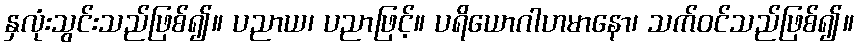
နှလုံးသွင်းသည်ဖြစ်၍။ ပညာယ၊ ပညာဖြင့်။ ပရိယောဂါဟမာနော၊ သက်ဝင်သည်ဖြစ်၍။